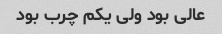
عالی بود ولی یکم چرب بود